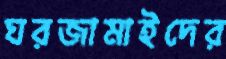
ঘরজামাইদের